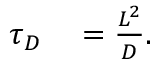
\begin{array} { r l } { \tau _ { D } } & { { } = \frac { L ^ { 2 } } { D } . } \end{array}